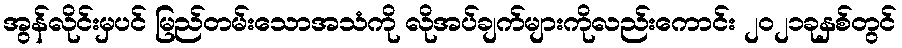
အွန်လိုင်းမှပင် မြည်တမ်းသောအသံကို လိုအပ်ချက်များကိုလည်းကောင်း ၂၀၂၁ခုနှစ်တွင်